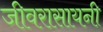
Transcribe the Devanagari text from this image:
जीवरासायनी